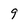
Character: 9